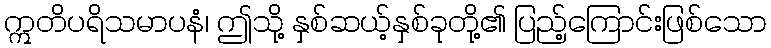
ဣတိပရိသမာပနံ၊ ဤသို့ နှစ်ဆယ့်နှစ်ခုတို့၏ ပြည့်ကြောင်းဖြစ်သော